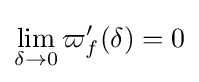
\lim _{\delta \to 0}\varpi '_{f}(\delta )=0